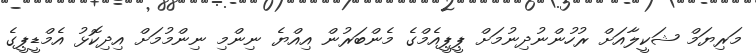
މަރިޔަމް ޝަކީލާއަށް ރުހުންނުދިނުމަށް ޕީޕީއެމްގެ މެންބަރުން އިއްޔެ ނިންމި ނިންމުމަށް އިދިކޮޅު އެމްޑީޕީގެ